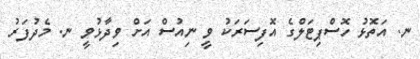
ނ. އަތޮޅު ހޮސްޕިޓަލްގެ އޮފިސަރަކު ވީ ނިއުސް އަށް ވިދާޅުވީ ނ. މެދުފަރު